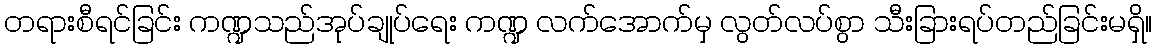
တရားစီရင်ခြင်း ကဏ္ဍသည်အုပ်ချုပ်ရေး ကဏ္ဍ လက်အောက်မှ လွတ်လပ်စွာ သီးခြားရပ်တည်ခြင်းမရှိ။